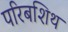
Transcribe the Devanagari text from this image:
परिबशिथ